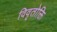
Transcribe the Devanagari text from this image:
विवृतोक्ति